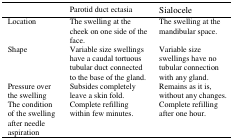
<table><thead><tr><td></td><td><b>Parotid duct ectasia</b></td><td><b>Sialocele</b></td></tr></thead><tbody><tr><td>Location</td><td>The swelling at the cheek on one side of the face.</td><td>The swelling at the mandibular space.</td></tr><tr><td>Shape</td><td>Variable size swellings have a caudal tortuous tubular duct connected to the base of the gland.</td><td>Variable size swellings have no tubular connection with any gland.</td></tr><tr><td>Pressure over the swelling</td><td>Subsides completely leave a skin fold.</td><td>Remains as it is, without any changes.</td></tr><tr><td>The condition of the swelling after needle aspiration</td><td>Complete refilling within few minutes.</td><td>Complete refilling after one hour.</td></tr></tbody></table>